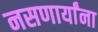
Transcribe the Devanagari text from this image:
नसणार्यांना